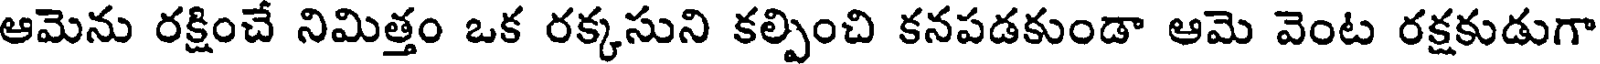
ఆమెను రక్షించే నిమిత్తం ఒక రక్కసుని కల్పించి కనపడకుండా ఆమె వెంట రక్షకుడుగా